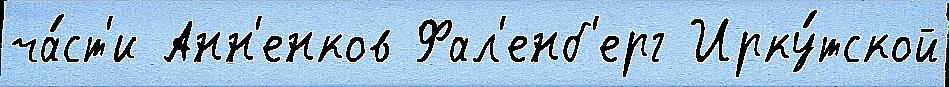
ча́ст'и Анн'енков Фал'енб'ерг Ирку́тской